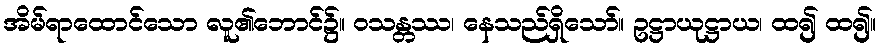
အိမ်ရာထောင်သော လူ၏ဘောင်၌။ ဝသန္တဿ၊ နေသည်ရှိသော်။ ဥဋ္ဌာယုဋ္ဌာယ၊ ထ၍ ထ၍။